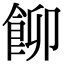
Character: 飹